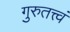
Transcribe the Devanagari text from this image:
गुरुतत्त्वं